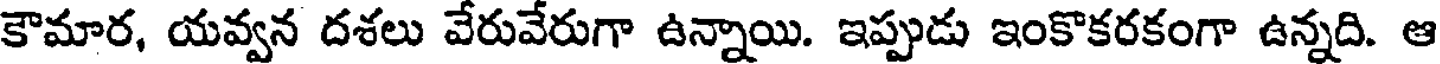
కౌమార, యవ్వన దశలు వేరువేరుగా ఉన్నాయి. ఇప్పుడు ఇంకొకరకంగా ఉన్నది. ఆ